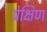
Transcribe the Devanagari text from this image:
प्रेक्षिण